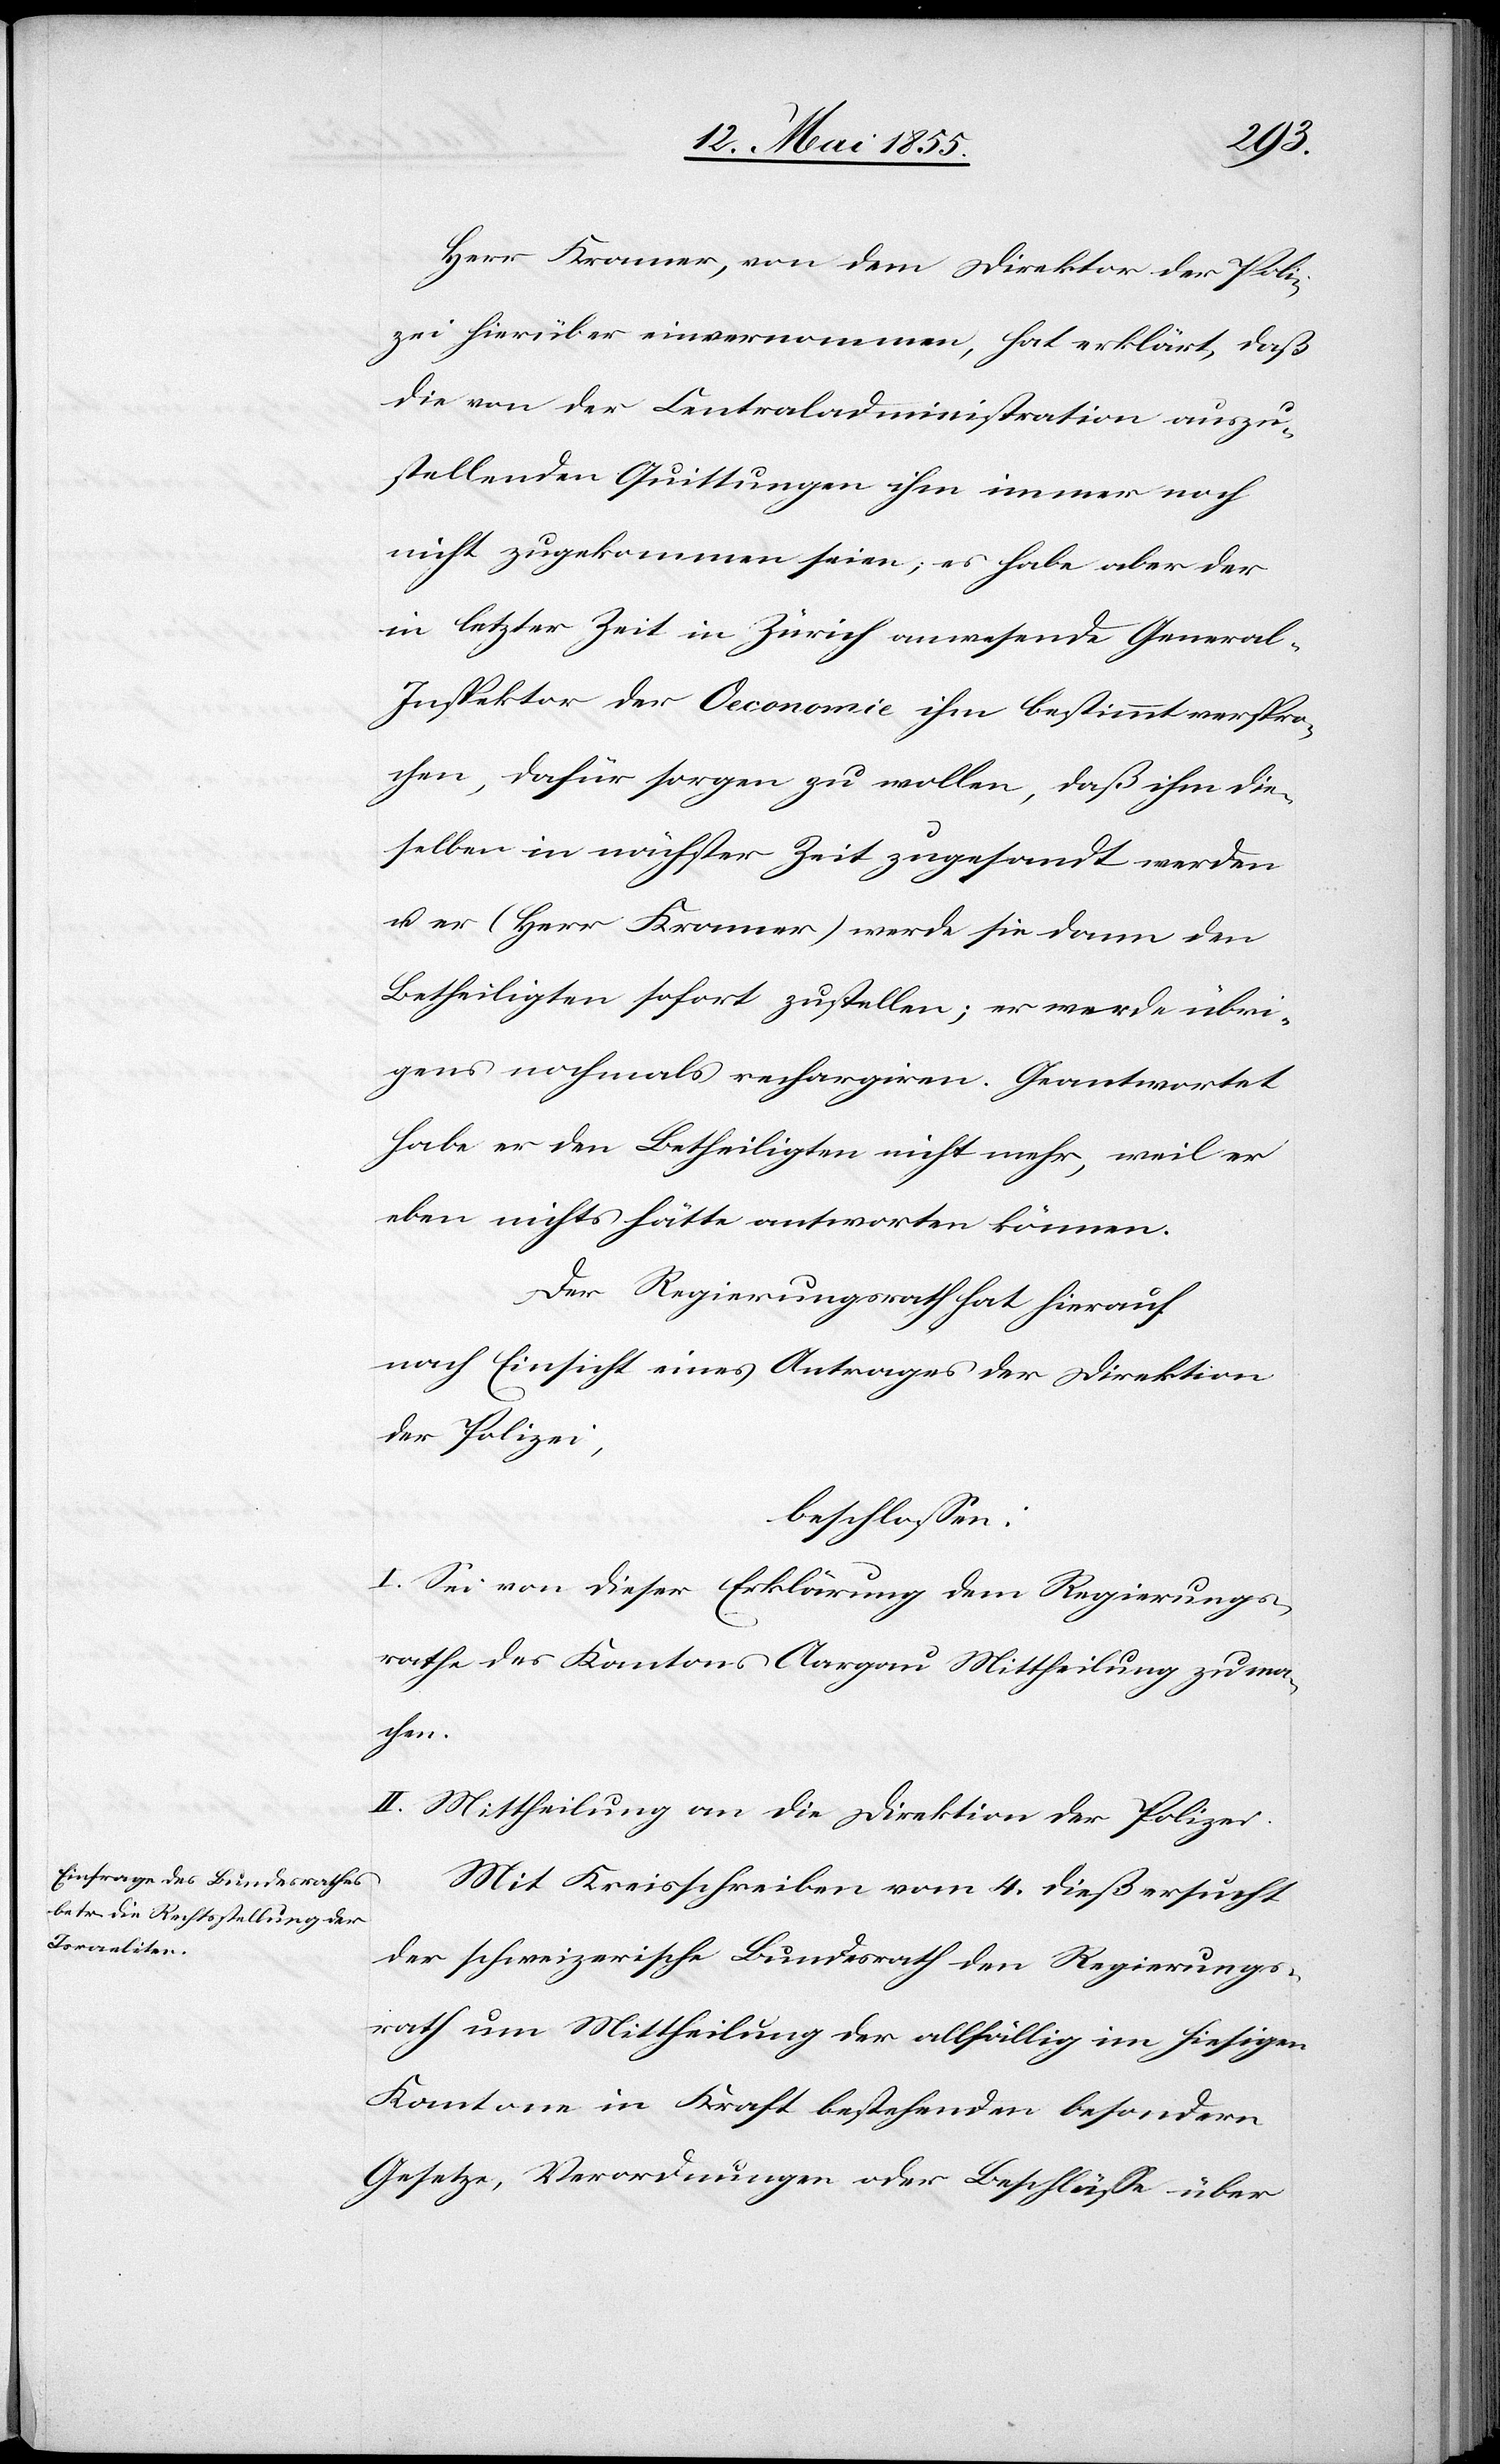
Herr Kramer, von dem Direktor der Poli¬
zei hierüber einvernommen, hat erklärt, daß
die von der Centraladministration auszu¬
stellenden Quittungen ihm immer noch
nicht zugekommen seien; es habe aber der
in letzter Zeit in Zürich anwesende General-I¬
nspektor der Oeconomie ihm bestimmt verspro¬
chen, dafür sorgen zu wollen, daß ihm die¬
selben in nächster Zeit zugesandt werden
u. er (Herr Kramer) werde sie dann den
Betheiligten sofort zustellen; er werde übri¬
gens nochmals rechargiren. Geantwortet
habe er den Betheiligten nicht mehr, weil er
eben nichts hätte antworten können.
Der Regierungsrath hat hierauf
nach Einsicht eines Antrages der Direktion
der Polizei,
beschlossen:
I. Sei von dieser Erklärung dem Regierungs¬
rathe des Kantons Aargau Mittheilung zu ma¬
chen.
II. Mittheilung an die Direktion der Polizei.
Mit Kreisschreiben vom 4. dieß ersucht
der schweizerische Bundesrath den Regierungs¬
rath um Mittheilung der allfällig im hiesigen
Kantone in Kraft bestehenden besondern
Gesetze, Verordnungen oder Beschlüsse über